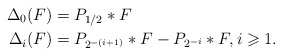
\begin{align*}\Delta_0(F) & = P_{1/2} \ast F\\\Delta_i(F) & = P_{2^{-(i+1)}} \ast F - P_{2^{-i}} \ast F, i \geqslant 1.\end{align*}